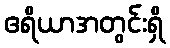
ဧရိယာအတွင်းရှိ